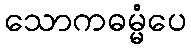
သောကဓမ္မံပေ